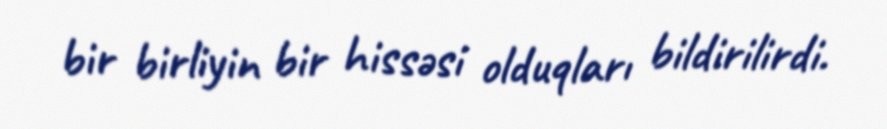
bir birliyin bir hissəsi olduqları bildirilirdi.